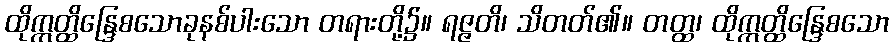
ထိုဣတ္ထိန္ဒြေစသောခုနစ်ပါးသော တရားတို့၌။ ရဇ္ဇတိ၊ သိတတ်၏။ တတ္ထ၊ ထိုဣတ္ထိန္ဒြေစသော